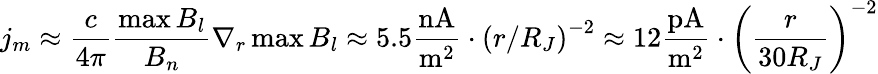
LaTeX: j_{m}\approx\frac{c}{{4\pi}}\frac{{\operatorname*{max}B_{l}}}{{B_{n}}}\nabla_{r}\operatorname*{max}B_{l}\approx 5.5\frac{{\mathrm{nA}}}{{\mathrm{m}^{\mathrm{2}}}}\cdot\left({r/R_{J}}\right)^{-2}\approx 12\frac{{\mathrm{pA}}}{{\mathrm{m}^{\mathrm{2}}}}\cdot\left({\frac{r}{{30R_{J}}}}\right)^{-2}